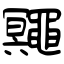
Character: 鼆